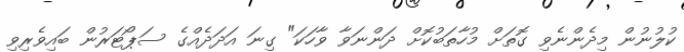
ކުލުނުން މިދެންނެވި ގޮތަށް މުހާތަބުކޮށް ދަންނަވާ ވާހަކަ" ގިނަ އަދަދެއްގެ ސަޕޯޓަރުން ބައިވެރިވި